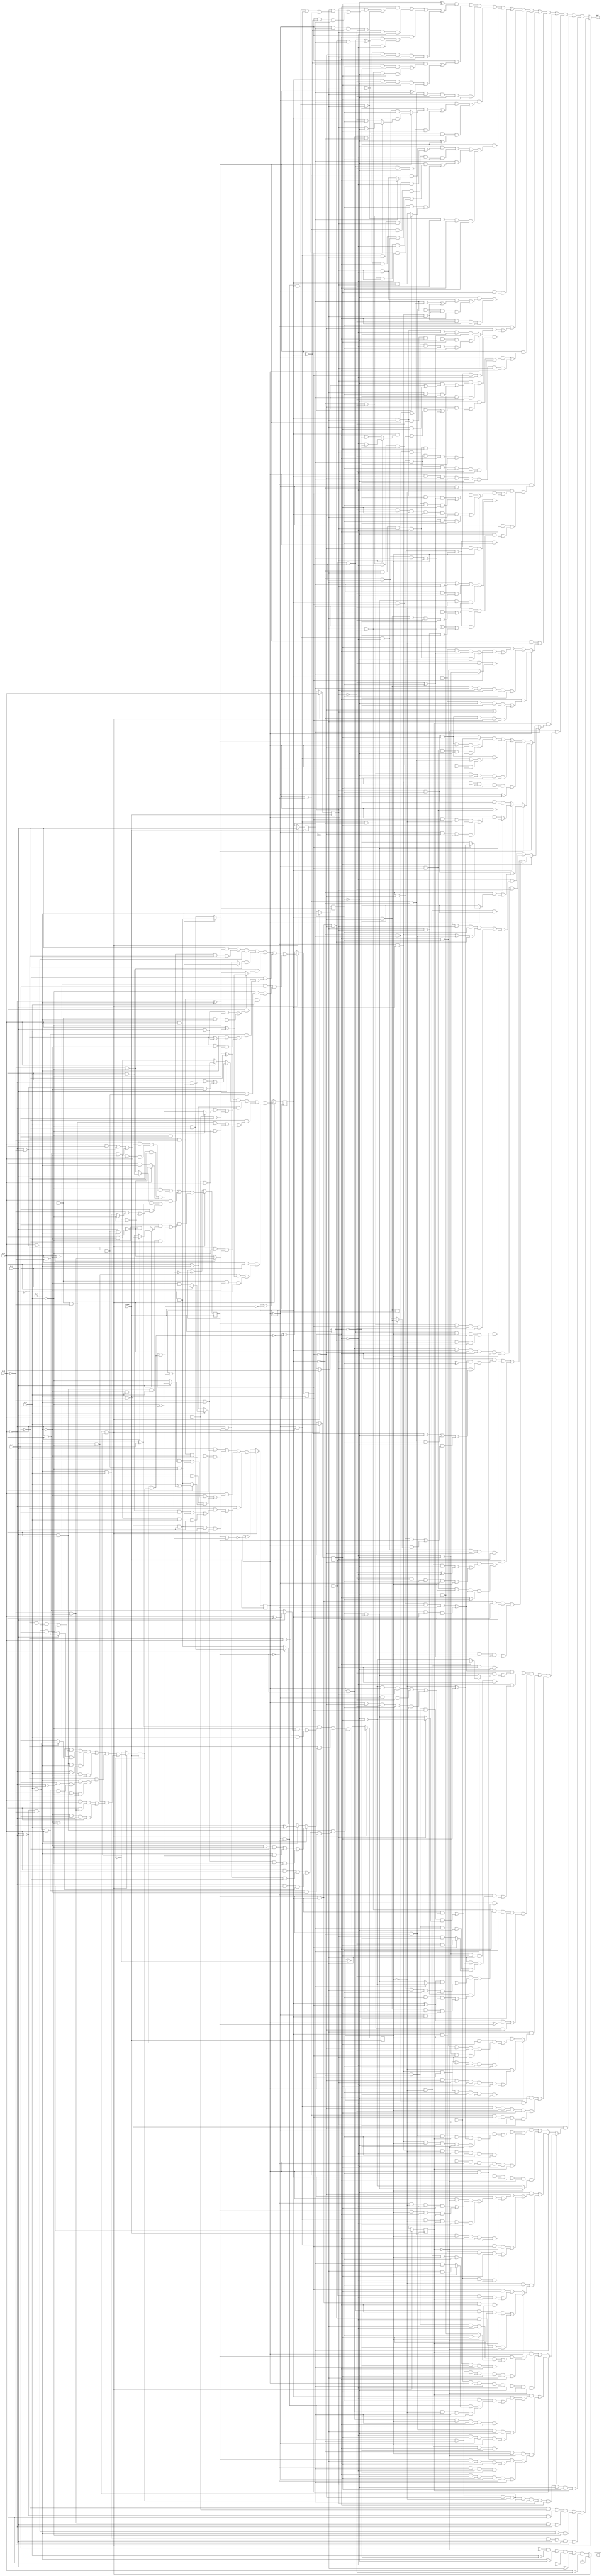
// Benchmark "Huffman_skew_6" written by ABC on Fri Nov 21 18:07:18 2014

module Huffman_skew_6 ( clock, 
    in_0 , in_1 , in_2 , in_3 , in_4 , in_5 ,
    carestate, out  );
  input  clock;
  input  in_0 , in_1 , in_2 , in_3 , in_4 , in_5 ;
  output carestate, out;
  reg reg_0 , reg_1 , reg_2 , reg_3 , reg_4 , reg_5 ,
    counter_0 , counter_1 , counter_2 , counter_3 , counter_4 ,
    counter_5 ;
  wire n45, n52, n53_1, n54, n55, n56, n57, n58_1, n59, n60, n61, n62, n63_1,
    n64, n65, n66, n67, n68_1, n69, n76, n77, n78, n79, n80, n81, n82, n83,
    n85, n86, n18, n23, n28, n33, n38, n43, n48, n53, n58, n63, n68, n73;
  assign n45 = ~counter_0  & ~counter_1  & ~counter_2  & ~counter_3  & ~counter_4  & ~counter_5 ;
  assign n18 = n45 ? in_0  : reg_0 ;
  assign n23 = n45 ? in_1  : reg_1 ;
  assign n28 = n45 ? in_2  : reg_2 ;
  assign n33 = n45 ? in_3  : reg_3 ;
  assign n38 = n45 ? in_4  : reg_4 ;
  assign n43 = n45 ? in_5  : reg_5 ;
  assign n52 = (in_0  & (in_4  ? (in_2  ? in_5  : (~in_3  & ~in_5 )) : (in_2  ^ in_3 ))) | (~in_0  & ~in_2  & ~in_3  & in_4  & ~in_5 ) | (in_1  & ((~in_3  & ((~in_2  & (in_0  ? (~in_4  ^ in_5 ) : ~in_4 )) | (~in_0  & in_2  & ~in_4 ))) | (~in_0  & in_3  & (in_2  ? (in_4  | (~in_4  & in_5 )) : (in_4  & in_5 ))))) | (~in_1  & ((~in_0  & ((~in_3  & in_4  & in_5 ) | (in_3  & ~in_4  & ~in_5 ) | (in_2  & ~in_3  & in_4  & ~in_5 ))) | (in_3  & ~in_4  & ~in_5  & in_0  & in_2 )));
  assign n53_1 = (~in_4  & ((in_0  & ((in_1  & in_2 ) | (~in_1  & ~in_2 ) | (~in_1  & in_2  & ~in_3 ))) | (in_2  & ~in_3  & ~in_0  & in_1 ))) | (~in_0  & in_4  & (in_1  ? (~in_2  ^ in_3 ) : (in_2  & in_3 ))) | (in_1  & (((in_0  ? (in_2  & in_4 ) : (~in_2  & ~in_4 )) & (in_3  ^ in_5 )) | (in_5  & ((~in_2  & (in_0  ? ~in_4  : (in_3  & in_4 ))) | (~in_0  & in_2  & in_3  & ~in_4 ))))) | (~in_1  & ((in_5  & (in_0  ? (in_2  ? (in_3  & ~in_4 ) : (~in_3  & in_4 )) : (~in_4  & (~in_2  ^ in_3 )))) | (in_0  & in_2  & in_4  & ~in_5 )));
  assign n54 = ((~in_4  ^ ~in_5 ) & (in_0  ? ((in_2  & (~in_1  | (in_1  & in_3 ))) | (~in_1  & ~in_2  & ~in_3 )) : (in_1  ? (~in_2  & in_3 ) : (in_2  & ~in_3 )))) | ((in_2  ^ in_3 ) & ((~in_1  & (in_0  ? (~in_4  & ~in_5 ) : (~in_4  ^ in_5 ))) | (in_0  & in_1  & in_5 ))) | (~in_5  & ((~in_0  & ~in_1  & ~in_2  & in_4 ) | (in_0  & in_1  & in_2  & ~in_4 ) | (~in_0  & ~in_4  & (in_1  ? (~in_2  & ~in_3 ) : (~in_2  ^ in_3 ))))) | (~in_2  & in_5  & ((in_0  & ~in_4  & (in_1  ^ in_3 )) | (~in_0  & ~in_1  & ~in_3  & in_4 )));
  assign n55 = (((in_0  & (in_3  ? (in_4  & in_5 ) : (~in_4  & ~in_5 ))) | (~in_4  & in_5  & ~in_0  & in_3 )) & (in_1  | (~in_1  & ~in_2 ))) | (~in_2  & ~in_4  & (in_0  ? (in_1  & in_3 ) : (~in_1  & ~in_3 ))) | (in_2  & in_4  & (in_0  ? (in_1  ^ in_3 ) : (~in_1  ^ in_3 ))) | (~in_5  & ((in_2  & ((in_0  & in_4  & (~in_1  ^ in_3 )) | (~in_0  & ~in_1  & in_3  & ~in_4 ))) | (in_1  & ~in_2  & ((in_3  & (~in_0  | (in_0  & in_4 ))) | (~in_0  & ~in_3  & ~in_4 ))))) | (in_1  & ~in_3  & in_5  & ((~in_4  & (in_0  | (~in_0  & in_2 ))) | (~in_0  & ~in_2  & in_4 )));
  assign n56 = ((in_3  ^ in_5 ) & ((~in_4  & (in_0  ? (in_1  ^ in_2 ) : (~in_1  & in_2 ))) | (~in_0  & in_1  & in_4 ))) | (~in_0  & (in_1  ? ((~in_3  & ~in_4  & ~in_5 ) | (in_3  & (~in_4  ^ in_5 )) | (~in_2  & in_3  & ~in_4  & in_5 )) : (in_3  ? (~in_2  ^ in_4 ) : (in_2  ? (~in_4  & ~in_5 ) : (in_4  & in_5 ))))) | (in_0  & in_2  & ((in_1  & in_5 ) | (~in_1  & ~in_3  & ~in_5 ) | (~in_1  & in_5  & (~in_3  ^ ~in_4 )) | (in_4  & ~in_5  & in_1  & ~in_3 )));
  assign n57 = ((~in_3  ^ ~in_4 ) & ((~in_0  & ~in_5  & (in_1  | (~in_1  & ~in_2 ))) | (in_0  & ~in_1  & ~in_2  & in_5 ))) | ((in_0  ? (in_1  & ~in_2 ) : (~in_1  & in_2 )) & (in_3  ? (in_4  & ~in_5 ) : in_5 )) | (in_0  & in_2  & in_3  & (~in_1  ^ in_4 )) | (~in_0  & ~in_1  & ~in_2  & ~in_3  & ~in_4 ) | (~in_0  & ((in_3  & ((in_5  & (~in_1  ^ in_2 )) | (in_4  & ~in_5  & in_1  & ~in_2 ))) | (in_1  & ~in_3  & ~in_4  & ~in_5 ))) | (in_0  & ~in_4  & ((in_1  & ~in_5  & (in_2  | (~in_2  & ~in_3 ))) | (~in_3  & in_5  & ~in_1  & in_2 )));
  assign n58_1 = 1'b0;
  assign n59 = counter_5  | n58_1;
  assign n60 = counter_4  | n59;
  assign n61 = counter_3  | n60;
  assign n62 = counter_2  | n61;
  assign n63_1 = counter_1  | n62;
  assign n64 = counter_0  ^ ~n63_1;
  assign n65 = counter_1  ^ ~n62;
  assign n66 = counter_2  ^ ~n61;
  assign n67 = counter_3  ^ ~n60;
  assign n68_1 = counter_4  ^ ~n59;
  assign n69 = counter_5  ^ ~n58_1;
  assign n48 = n45 ? n52 : n64;
  assign n53 = n45 ? n53_1 : n65;
  assign n58 = n45 ? n54 : n66;
  assign n63 = n45 ? n55 : n67;
  assign n68 = n45 ? n56 : n68_1;
  assign n73 = n45 ? n57 : n69;
  assign n76 = in_0  ^ ~reg_0 ;
  assign n77 = in_1  ^ ~reg_1 ;
  assign n78 = in_2  ^ ~reg_2 ;
  assign n79 = in_3  ^ ~reg_3 ;
  assign n80 = in_4  ^ ~reg_4 ;
  assign n81 = in_5  ^ ~reg_5 ;
  assign n82 = n81 & n80 & n79 & n78 & n76 & n77;
  assign n83 = 1'b0;
  assign carestate = n45 ? ~n83 : n82;
  assign n85 = ~in_0  | (in_0  & in_1 ) | (in_0  & ~in_1  & in_2 ) | (~in_2  & ~in_3  & in_0  & ~in_1 ) | (in_0  & ~in_1  & ~in_2  & in_3  & ~in_4 ) | (in_3  & in_4  & in_5  & in_0  & ~in_1  & ~in_2 );
  assign n86 = ((~reg_3  ^ reg_4 ) & ((reg_2  & ((reg_1  & ((~reg_0  & ((~counter_0  & ~counter_1  & counter_2 ) | (~counter_0  & counter_1 ) | (counter_0  & ~counter_1 ))) | (~counter_0  & (counter_1  ^ counter_2 ) & reg_0 ))) | (~counter_0  & reg_0  & (counter_1  ^ counter_2 ) & ~reg_1 ))) | (~counter_0  & ~counter_1  & counter_2  & ~reg_0  & reg_1  & ~reg_2 ) | (~counter_0  & ((reg_2  & ((~counter_1  & ~counter_2  & counter_3 ) | (counter_1  & counter_2  & ~counter_3  & reg_0 ))) | (~counter_1  & ~counter_2  & counter_3  & ~reg_0  & ~reg_2 ))) | (counter_0  & counter_1  & ~counter_2  & ~counter_3  & ~reg_0  & reg_1  & reg_2 ))) | (~counter_0  & (((counter_1  ^ counter_2 ) & ((reg_0  & reg_3  & ~reg_4 ) | (~reg_0  & ~reg_1  & ~reg_3  & reg_4 ))) | (counter_2  & ~reg_1  & ~reg_3  & reg_4  & (counter_1  ^ reg_0 )))) | (counter_0  & ~counter_1  & ~counter_2  & ~reg_0  & ~reg_1  & ~reg_3  & reg_4 ) | (~counter_0  & ((reg_0  & ((~reg_4  & (counter_1  ? (counter_2  & (counter_3  ? (reg_1  & ~reg_3 ) : (~reg_1  & reg_3 ))) : (~counter_2  & counter_3  & reg_3 ))) | (~counter_1  & ~counter_2  & counter_3  & ~reg_1  & ~reg_3  & reg_4 ))) | (~counter_1  & ~counter_2  & counter_3  & ~reg_0  & ~reg_1  & (~reg_3  ^ ~reg_4 )))) | (~reg_4  & ((~reg_3  & ((counter_0  & ~counter_1  & (reg_0  ? reg_2  : (reg_1  & ~reg_2 ))) | (~counter_0  & counter_1  & ~reg_0  & reg_1  & ~reg_2 ))) | (counter_0  & ~counter_1  & reg_0  & ~reg_1  & ~reg_2  & reg_3 ) | (reg_0  & ((~reg_3  & ((counter_0  & counter_1  & ~counter_2  & reg_2 ) | (~counter_0  & ~counter_1  & counter_2  & ~reg_2 ) | (~counter_0  & counter_1  & ~counter_2  & reg_1  & ~reg_2 ))) | (counter_1  & ~reg_2  & reg_3  & (counter_0  ? (~counter_2  & ~reg_1 ) : (counter_2  & reg_1 ))))) | (~counter_0  & ~counter_1  & counter_2  & ~reg_0  & ~reg_1  & reg_2  & reg_3 ))) | (~counter_0  & reg_4  & ((~reg_3  & ((reg_1  & ~reg_2  & ((reg_0  & (counter_1  | (~counter_1  & counter_2 ))) | (~counter_1  & counter_2  & ~reg_0 ))) | (counter_1  & ~counter_2  & reg_0  & ~reg_1  & reg_2 ))) | (~counter_1  & counter_2  & ~reg_0  & ~reg_1  & reg_2  & reg_3 ))) | (~counter_1  & ((~counter_3  & (counter_0  ? ((counter_2  & ~reg_0  & ~reg_1  & reg_2  & ~reg_3  & reg_4 ) | (~counter_2  & reg_0  & reg_1  & ~reg_2  & reg_3  & ~reg_4 )) : (counter_2  & ~reg_0  & ~reg_2  & ~reg_4  & (~reg_1  ^ reg_3 )))) | (~counter_0  & ~counter_2  & counter_3  & ~reg_2  & ((reg_1  & ((~reg_3  & (reg_0  | (~reg_0  & reg_4 ))) | (~reg_0  & reg_3  & ~reg_4 ))) | (~reg_3  & ~reg_4  & reg_0  & ~reg_1 ))))) | (counter_1  & ((~counter_0  & ((~reg_3  & ((~counter_3  & ((reg_0  & ((counter_2  & (reg_1  ? (~reg_2  & ~reg_4 ) : (reg_2  & reg_4 ))) | (~counter_2  & ~reg_1  & ~reg_2  & ~reg_4 ))) | (~counter_2  & ~reg_0  & reg_1  & ~reg_2  & reg_4 ))) | (counter_2  & counter_3  & reg_0  & ~reg_1  & reg_2  & ~reg_4 ))) | (counter_2  & counter_3  & reg_0  & reg_3  & ~reg_4  & ~reg_1  & ~reg_2 ))) | (counter_0  & counter_2  & ~counter_3  & reg_0  & ~reg_3  & ~reg_4  & reg_1  & reg_2 ))) | (~counter_1  & ((~reg_2  & ((~counter_4  & (counter_0  ? ((~reg_1  & ~reg_3  & reg_4  & counter_2  & ~counter_3  & ~reg_0 ) | (~counter_2  & counter_3  & reg_0  & reg_1  & reg_3  & ~reg_4 )) : (counter_3  & ((counter_2  & ~reg_0  & ~reg_4  & (~reg_1  ^ reg_3 )) | (~counter_2  & reg_0  & reg_1  & reg_3  & reg_4 ))))) | (~counter_0  & ~counter_2  & ~counter_3  & counter_4  & (~reg_0  | (reg_0  & reg_1 ) | (reg_0  & ~reg_1  & ~reg_3 ) | (reg_3  & ~reg_4  & reg_0  & ~reg_1 ))))) | (~counter_0  & reg_2  & ((~reg_3  & ((~counter_4  & ((~counter_2  & counter_3  & reg_0  & reg_1  & reg_4 ) | (counter_2  & ~counter_3  & ~reg_0  & ~reg_1  & ~reg_4 ))) | (~counter_2  & ~counter_3  & counter_4  & (reg_0  | (~reg_0  & ~reg_1 ) | (~reg_0  & reg_1  & ~reg_4 ))))) | (~counter_2  & ~counter_3  & counter_4  & reg_3 ))))) | (counter_1  & ~counter_4  & (counter_0  ? (reg_2  & ((counter_2  & reg_0  & ~reg_3  & ~reg_4  & (~counter_3  ^ reg_1 )) | (reg_1  & reg_3  & reg_4  & ~counter_2  & counter_3  & ~reg_0 ))) : ((reg_4  & ((counter_3  & ((counter_2  & reg_0  & reg_2  & (~reg_1  ^ reg_3 )) | (~counter_2  & ~reg_0  & reg_1  & ~reg_2  & ~reg_3 ))) | (~counter_2  & ~counter_3  & ~reg_1  & (reg_0  ? (~reg_2  & ~reg_3 ) : (reg_2  & reg_3 ))))) | (counter_2  & ~counter_3  & reg_0  & reg_1  & reg_2  & reg_3  & ~reg_4 )))) | (reg_5  & (reg_0  ? (reg_4  ? ((reg_2  & ((((~counter_2  & ~counter_3  & counter_0  & ~counter_1 ) | (~counter_0  & counter_1  & counter_2  & counter_3 )) & (reg_1  ^ reg_3 )) | (reg_1  & (((counter_1  ^ counter_2 ) & ~reg_3 ) | (counter_0  & ~counter_1  & ~counter_2  & reg_3 ) | (~reg_3  & ((counter_2  & ~counter_3  & ~counter_0  & counter_1 ) | (counter_0  & (counter_1  ? (counter_2  & ~counter_3 ) : (~counter_2  & counter_3 ))))))))) | (~counter_0  & ~counter_1  & counter_2  & ~reg_2  & reg_3  & ~counter_3  & reg_1 ) | (~counter_1  & ~counter_2  & ((~counter_3  & ((counter_0  & ~counter_4  & ~reg_3  & (~reg_1  ^ ~reg_2 )) | (~reg_1  & ~reg_2  & reg_3  & ~counter_0  & counter_4 ))) | (~counter_0  & counter_3  & counter_4  & reg_1  & (reg_2  ^ reg_3 )))) | (counter_1  & counter_2  & counter_3  & reg_2  & ((~counter_0  & counter_4  & (~reg_1  ^ reg_3 )) | (counter_0  & ~counter_4  & reg_1  & ~reg_3 )))) : ((~reg_2  & ((counter_0  & reg_1  & reg_3  & ((~counter_1  & counter_2 ) | (counter_1  & ~counter_2 ) | (counter_1  & counter_2  & ~counter_3 ))) | (~counter_0  & counter_1  & ~counter_2  & counter_3  & ~reg_1  & ~reg_3 ) | (counter_0  & reg_3  & ((~counter_1  & ~counter_2  & counter_3  & counter_4  & reg_1 ) | (counter_1  & counter_2  & ~counter_3  & ~counter_4  & ~reg_1 ))))) | (counter_0  & counter_1  & counter_2  & ~counter_3  & reg_2  & ~reg_3  & counter_4  & ~reg_1 ))) : (reg_2  ? (counter_1  ? (reg_1  & reg_3  & ((~counter_2  & (counter_0  ? (counter_3  ? (~counter_4  ^ reg_4 ) : ~reg_4 ) : ~reg_4 )) | (~counter_0  & counter_2  & ~reg_4 ))) : (counter_2  ? (reg_1  ? (reg_3  & ~reg_4 ) : (~reg_3  & ((counter_0  & counter_3  & ~counter_4  & reg_4 ) | (~counter_0  & ~counter_3  & counter_4  & ~reg_4 )))) : (reg_1  & reg_3  & ~reg_4  & (counter_0  | (~counter_0  & counter_3 ))))) : (((counter_1  ? (~counter_2  & ~counter_4 ) : (counter_2  & counter_4 )) & ((reg_1  & reg_3  & reg_4  & counter_0  & ~counter_3 ) | (~counter_0  & counter_3  & ~reg_1  & ~reg_3  & ~reg_4 ))) | (reg_1  & reg_3  & reg_4  & ((~counter_0  & counter_1 ) | (counter_0  & ~counter_1  & ~counter_2 ) | (counter_2  & counter_3  & counter_0  & ~counter_1 ))) | (~counter_0  & counter_1  & ~counter_2  & ~reg_3  & ~reg_4  & ~counter_3  & ~reg_1 ) | (~counter_1  & counter_2  & ~counter_3  & ~counter_4  & reg_3  & reg_4  & (~counter_0  ^ reg_1 )))))) | (~reg_5  & ((((~counter_2  & ~counter_3  & counter_0  & ~counter_1 ) | (~counter_0  & counter_1  & counter_2  & counter_3 )) & ((~reg_1  & (reg_0  ? (reg_2  ? (reg_3  & ~reg_4 ) : (~reg_3  & reg_4 )) : (reg_3  & ~reg_4 ))) | (~reg_2  & ~reg_3  & reg_4  & ~reg_0  & reg_1 ))) | (~reg_2  & ((~counter_1  & ((~reg_0  & ((counter_2  & ((~reg_3  & reg_4  & counter_0  & reg_1 ) | (reg_3  & ~reg_4  & ~counter_0  & ~reg_1 ) | (counter_0  & ~counter_3  & ~reg_1  & reg_3  & ~reg_4 ))) | (counter_0  & ~counter_2  & counter_3  & (reg_1  ? (~reg_3  & reg_4 ) : (reg_3  & ~reg_4 ))))) | (counter_0  & ~counter_2  & reg_0  & ~reg_3  & (counter_3  ? (~reg_1  & reg_4 ) : (reg_1  & ~reg_4 ))))) | (~counter_0  & counter_1  & ((~reg_1  & (((counter_2  ^ counter_3 ) & (reg_0  ? (~reg_3  & reg_4 ) : (reg_3  & ~reg_4 ))) | (~counter_2  & ~counter_3  & ~reg_0  & reg_3  & ~reg_4 ))) | (~reg_0  & reg_1  & ((~counter_2  & reg_3  & ~reg_4 ) | (counter_2  & ~counter_3  & ~reg_3  & reg_4 ))))))) | (~reg_0  & ~reg_1  & reg_2  & reg_3  & ~reg_4  & (((counter_2  ^ counter_3 ) & (counter_0  ^ counter_1 )) | (~counter_0  & counter_1  & ~counter_2  & ~counter_3 ))) | (~reg_0  & (counter_0  ? (~counter_4  & ((counter_1  & ~counter_2  & ~counter_3  & reg_1  & ~reg_2  & ~reg_3  & reg_4 ) | (~counter_1  & counter_2  & counter_3  & reg_3  & ~reg_4  & ~reg_1  & reg_2 ))) : (counter_4  & ((counter_1  & ~counter_2  & reg_4  & ((reg_2  & reg_3  & ~counter_3  & ~reg_1 ) | (~reg_2  & ~reg_3  & counter_3  & reg_1 ))) | (~counter_1  & counter_2  & counter_3  & reg_1  & ~reg_2  & reg_3  & ~reg_4 ))))) | (~counter_2  & reg_0  & ~reg_2  & ~reg_3  & ((~counter_0  & counter_1  & ~counter_3  & counter_4  & ~reg_1  & reg_4 ) | (counter_0  & ~counter_1  & counter_3  & ~counter_4  & reg_1  & ~reg_4 ))))) | (~counter_5  & (reg_1  ? (counter_3  ? ((reg_5  & ((counter_2  & ((~reg_2  & reg_3  & ((~counter_0  & ~counter_1  & (counter_4  ? (~reg_0  & ~reg_4 ) : (reg_0  & reg_4 ))) | (counter_0  & counter_1  & ~counter_4  & reg_0  & ~reg_4 ))) | (counter_0  & counter_1  & counter_4  & reg_0  & reg_2  & ~reg_3 ))) | (counter_1  & ~counter_2  & ~reg_0  & ~reg_3  & ((~reg_2  & reg_4  & ~counter_0  & counter_4 ) | (counter_0  & ~counter_4  & reg_2  & ~reg_4 ))))) | (~counter_2  & counter_4  & ~reg_5  & ((counter_0  & reg_3  & ((counter_1  & ~reg_0  & reg_2  & reg_4 ) | (~counter_1  & reg_0  & ~reg_2  & ~reg_4 ))) | (reg_2  & ~reg_3  & reg_4  & ~counter_0  & ~counter_1  & reg_0 )))) : ((reg_5  & ((counter_1  & ((counter_0  & ~counter_2  & ~reg_0  & ~reg_2  & (counter_4  ? (reg_3  & reg_4 ) : (~reg_3  & ~reg_4 ))) | (~counter_0  & counter_2  & counter_4  & reg_3  & ~reg_4  & reg_0  & reg_2 ))) | (~counter_0  & ~counter_1  & ~counter_2  & counter_4  & ~reg_3  & reg_4  & ~reg_0  & reg_2 ))) | (~counter_2  & ~counter_4  & counter_0  & ~counter_1  & reg_0  & ~reg_2  & ~reg_3  & reg_4  & ~reg_5 ))) : (reg_0  ? ((~reg_3  & ((~counter_3  & ((counter_2  & ((counter_0  & ~reg_5  & ((~counter_1  & ~counter_4  & ~reg_2  & reg_4 ) | (counter_1  & counter_4  & reg_2  & ~reg_4 ))) | (~counter_0  & counter_1  & ~counter_4  & ~reg_2  & ~reg_4  & reg_5 ))) | (counter_0  & ~counter_1  & ~counter_2  & counter_4  & reg_2  & reg_4  & reg_5 ))) | (~counter_0  & counter_1  & counter_3  & ~reg_5  & ((counter_2  & counter_4  & reg_2  & reg_4 ) | (~counter_2  & ~counter_4  & ~reg_2  & ~reg_4 ))))) | (~counter_4  & reg_3  & (counter_0  ? ((~counter_1  & ~counter_2  & counter_3  & reg_2  & reg_4  & reg_5 ) | (counter_1  & counter_2  & ~counter_3  & ~reg_2  & ~reg_4  & ~reg_5 )) : (counter_3  & reg_4  & ((~counter_1  & ~counter_2  & ~reg_2  & reg_5 ) | (counter_1  & counter_2  & reg_2  & ~reg_5 )))))) : ((~counter_3  & ((~counter_0  & ((reg_2  & ((counter_1  & ~counter_2  & reg_3  & reg_5  & (~counter_4  ^ reg_4 )) | (~counter_1  & counter_2  & counter_4  & ~reg_3  & ~reg_4  & ~reg_5 ))) | (~counter_1  & counter_2  & ~counter_4  & ~reg_2  & reg_3  & reg_4  & ~reg_5 ))) | (counter_2  & counter_4  & counter_0  & ~counter_1  & ~reg_2  & ~reg_3  & reg_4  & reg_5 ))) | (counter_0  & ~counter_1  & counter_2  & counter_3  & reg_2  & ~reg_5  & (counter_4  ? (reg_3  & ~reg_4 ) : (~reg_3  & reg_4 ))))))) | (~counter_0  & ~counter_1  & ~counter_2  & ~counter_3  & ~counter_4  & counter_5  & reg_0  & reg_1  & reg_2  & ~reg_3  & reg_4  & reg_5 );
  assign out = n45 ? n85 : n86;
  always @ (posedge clock) begin
    reg_0  <= n18;
    reg_1  <= n23;
    reg_2  <= n28;
    reg_3  <= n33;
    reg_4  <= n38;
    reg_5  <= n43;
    counter_0  <= n48;
    counter_1  <= n53;
    counter_2  <= n58;
    counter_3  <= n63;
    counter_4  <= n68;
    counter_5  <= n73;
  end
  initial begin
    reg_0  <= 1'b0;
    reg_1  <= 1'b0;
    reg_2  <= 1'b0;
    reg_3  <= 1'b0;
    reg_4  <= 1'b0;
    reg_5  <= 1'b0;
    counter_0  <= 1'b0;
    counter_1  <= 1'b0;
    counter_2  <= 1'b0;
    counter_3  <= 1'b0;
    counter_4  <= 1'b0;
    counter_5  <= 1'b0;
  end
endmodule